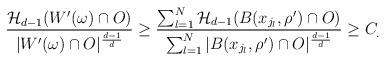
LaTeX: \begin{align*} \frac{\mathcal{H}_{d-1}(W'(\omega)\cap O)}{|W'(\omega)\cap O|^\frac{d-1}{d}} \geq \frac{\sum_{l=1}^N \mathcal{H}_{d-1}(B(x_{j_l},\rho')\cap O)}{\sum_{l=1}^N |B(x_{j_l},\rho')\cap O|^\frac{d-1}{d}} \geq C_.\end{align*}